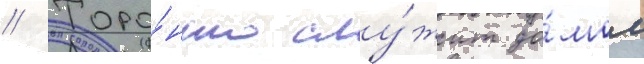
// Торо́нто слу́жит до́мом